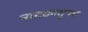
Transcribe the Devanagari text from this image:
नाटकातूनच